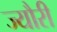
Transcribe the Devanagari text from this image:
ज्यौरी